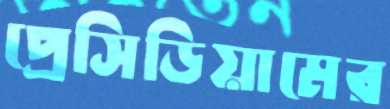
প্রেসিডিয়ামের